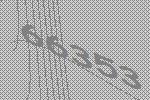
66353